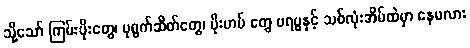
သို့သော် ကြမ်းပိုးတွေ၊ ပုရွက်ဆိတ်တွေ၊ ပိုးဟပ် တွေ ဗရပွနှင့် သစ်လုံးအိမ်ထဲမှာ နေမလား